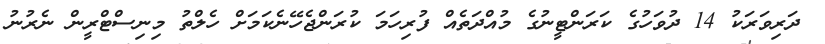
ދަރިވަރަކު 14 ދުވަހުގެ ކަރަންޓީނުގެ މުއްދަތެއް ފުރިހަމަ ކުރަންޖެހޭނެކަމަށް ހެލްތު މިނިސްޓްރީން ނެރުނު